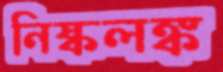
নিষ্কলঙ্ক